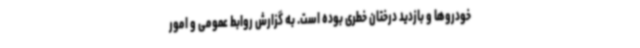
خودروها و بازدید درختان خطری بوده است. به گزارش روابط عمومی و امور